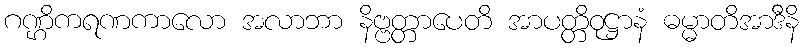
ဂဏ္ဌိကရဏကာလော အလာဘာ နိဗ္ဗတ္တာပေတိ အာပတ္တိဝုဋ္ဌာနံ ဓမ္မာတိအာဒီနိ